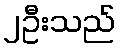
၂ဦးသည်